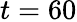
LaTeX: t=60